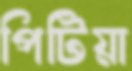
পিটিয়া